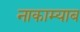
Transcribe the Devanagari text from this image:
नाकाम्याब